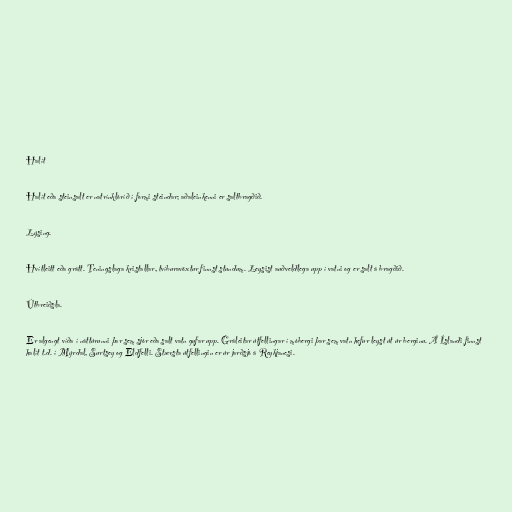
Halít

Halít eða steinsalt er natrínklóríð í formi steindar; aðaleinkenni er saltbragðið.

Lýsing.

Hvítleitt eða grátt. Teningslaga kristallar, tvíburavöxtur finnst stundum. Leysist auðveldlega upp í vatni og er salt á bragðið.

Útbreiðsla.

Er algengt víða í náttúrunni þar sem sjór eða salt vatn gufar upp. Gráleitar útfellingar í móbergi þar sem vatn hefur leyst út úr berginu. Á Íslandi finnst
halít t.d. í Mýrdal, Surtsey og Eldfelli. Stærsta útfellingin er úr jarðsjó á Reykjanesi.